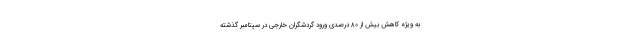
به ویژه کاهش بیش از ۸۰ درصدی ورود گردشگران خارجی در سپتامبر گذشته